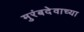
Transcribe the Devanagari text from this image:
मुरंबदेवाच्या